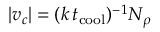
| v _ { c } | = ( k \, t _ { \mathrm { c o o l } } ) ^ { - 1 } N _ { \rho }